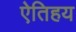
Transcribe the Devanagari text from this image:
ऐतिहय